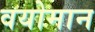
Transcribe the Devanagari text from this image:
वयोमान